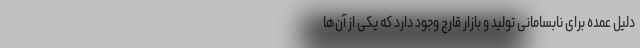
دلیل عمده برای نابسامانی تولید و بازار قارچ وجود دارد که یکی از آن‌ها